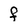
Character: f